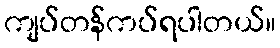
ကျပ်တန်ကပ်ရပါတယ်။